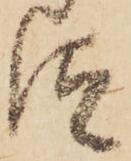
汰